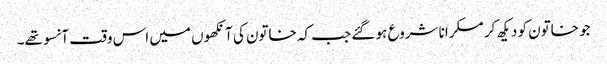
جو خاتون کو دیکھ کر مسکرانا شروع ہو گئے جب کہ خاتون کی آنکھوں میں اس وقت آنسو تھے۔